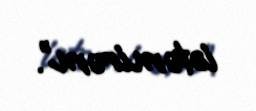
istəmirəm”.